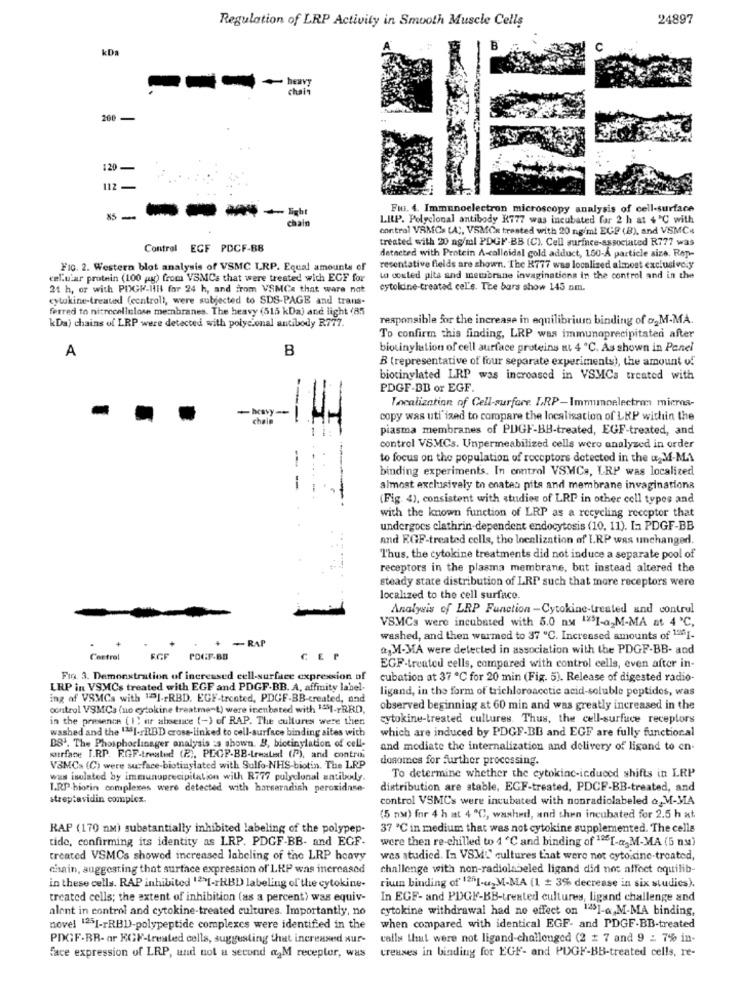
Regulation of LRP Activity in Smooth Muscle Cells
24897
kDa
200
120
-
112
Fui. 4. Immunoelectron microscopy analysis of cell-surface
-5-
----
chain
LIP. Polyclonal antibody K777 was incubated for 2 h at + "℃ with
contral VRMCs (A), VSMOR trasted with 20 ng/ml EGE (B), and VSMC:
treated with 20 ng/ml PDGF-BB (C), Cell surface-associated R777 was
Control EGF PDCF-BB
detacted with Protein A-colloidal gold adduct, 150-A particle size. Rep-
FIG. 2. Western blot analysis of VSMC LRP. Equal amounts of
resentative fields are shown. The K777 was localized almost exclusively
cellular protein (100 g) from VSMCs that were treated with EGF for
to coated pita and membrane invaginations in the control and in the
21 h, or with POGH-HH for 24 h, and from VSMCe that ware nat
cytokine-treated cel's. The bars show 145 nm.
cytokine-treaudl (controll, were subjected to SDS-PAGE and trans-
ferred to nitrocellulose membranes. The heavy (515 kDa) and light (85
kDa) chains of LRP were detected with polyclonal antibody R777.
responsible for the increase in equilibrium binding of og M-MA.
To confirm this finding, LRP was immunoprecipitated after
A
biovinylution of cell surface proteins ut 4 ℃. As shown in Panel
B (representative of four separate experiments), the amount of
biotinylated LRP was increased in VSMCs treated with
PDGF-BB or EGF.
Localization of Cell-surfare. LRP-Immoelectron micros-
-
chala
copy was uti ized to compare the localisation of LRP within the
piasma membranes of PUGF-BB-treated, EGF-treated, and
control VSMCs. Unpermeabilized cells were analyzed in order
to focus on the population of receptors detected in the & M-MA
binding experiments. In control VSWCs, LRP was localiced
-
almost exclusively to onates pita and membrane invaginationa
(Fig. 4), consistent with studies of LRP in other coll types and
with the known function of LRP as a recycling receptor that
undergoes clathrin-dependent endocytosis (10, 11). In PDGF-BB
and EGF-treated cells, the localization of LRP was unchanged.
Thus, the cytokine treatments did not induce a separate pool of
receptors in the plasma membrane, but instead altered the
steady state distribution of LRP such that more receptors were
localized to the cell surface.
Analysis of LRP Function-Cytokine-treated and control
VSMCs were incubated with 5.0 ny 1231-a-M-MA at 4'℃,
washed, and then warmed to 37 ℃. Increased amounts of 1201-
+ -RAP
a, M-MA were detected in association with the PDGF-BB- and
Castrol
EGF-treated cells, compared with control cells, even after in
FIG. 3. Demonstration of increased cell-surface expression of
cubation at 37 ℃ for 20 min (Fig. 5). Release of digested radio-
LRP in VSMCs treated with EGF and PDGF-BB. A. affinity label-
ligand, in the form of trichloroacetic acid-soluble peptides, was
ing of VSMCa with "DI ., RBD. EGF-treated, PDGF-BB-created, and
control VSMCa (no cytokine treatment) were inenbated with 1ªMI-FRRD,
observed beginning at 60 min and was greatly increased in the
in the presence (I) or absence (-) of RAP. The cultures were then
cytokine-treated cultures. Thus, the cell-surfuce receptors
washed and the 1251-rBBD cross-linked to cell-surface binding sites with
which are induced by PDGF-BB and EGF are fully functional
DS'. The Phosphoclinager analysis :s shown. B, bictinylation of cell-
and mediate the internalization and delivery of ligand to en-
surface I.RP. E.GF-treated (2.), PEGP-BB-treated (7), and contro
dosomes for further processing.
VBMCs (C) were surface-biotinylated with Sulfo-NHS-biotin. The LRP
was isolated by immunoprecipitation with Ri77 polyclonal antibody.
To determine whether the cytokine-induced shifts in LRP
I.R.P.biotin complexes were detected with harseradish peroxidase-
distribution are stable, EGF-treated, PDCF-BB-treated, and
streptavidin complex.
control VSMCs were incubated with nonradiolabeled & M-MA
(5 nm) for 4 h at 4 ℃, washed, and then incubated for 2.5 h xt.
RAP (170 nm) substantially inhibited labeling of the polypep-
37 ℃ in medium that was not cytokine supplemented. The cells
tido, confirming its identity as LRP. PDGF-BB- and EGF.
were then re-chilled to 4 ℃ and binding of 12[-a-M-MA (5 nu)
created VSMCs showed increased labeling of the LRP heavy
was studied. In VSMI" cultures that were not cytokine-treated,
chain, suggesting that surface expression of LRP was increased
challenge with non-radiolabeled ligand did not affect equilib-
in these cells. RAP inhibited 12">[-r&BD labeling of the cytokine-
rium binding of 1201-u2M-MA (1 = 3% decrease in six studies).
treated cells; the extent of inhibition (as a percent) was equiv-
In EGF- and PDGF-BB-treated cultures, ligand challenge and
alent in control and cytokine-treated cultures. Importantly, no
cytokine withdrawal had no effect on 12491-a,M-MA binding,
novel 1251-rRBD-polypeptide complexes were identified in the
when compared with identical EGF- and PDGF-BB-treated
PDGF-BR- ar KGF-treated cells, suggesting that increased Nur-
calls that were not ligand-challenged (2 # 7 and 9 : 7% in-
creuses in binding for EGF- and PUGH-BB-treated cells, re-
face expression of LRP, and not a second a,M receptor, was